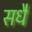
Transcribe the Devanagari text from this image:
सधै